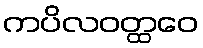
ကပိလဝတ္ထဝေ